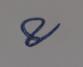
Signature authenticity: genuine